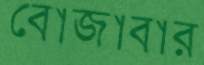
বোজাবার